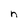
Character: n